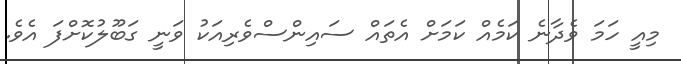
މިއީ ހަމަ ވެދާނެ ކަމެއް ކަމަށް އެތައް ސައިންސްވެރިއަކު ވަނީ ގަބޫލުކޮށްފަ އެވެ.